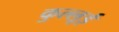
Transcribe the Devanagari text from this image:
कुल्लूई